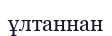
ұлтаннан